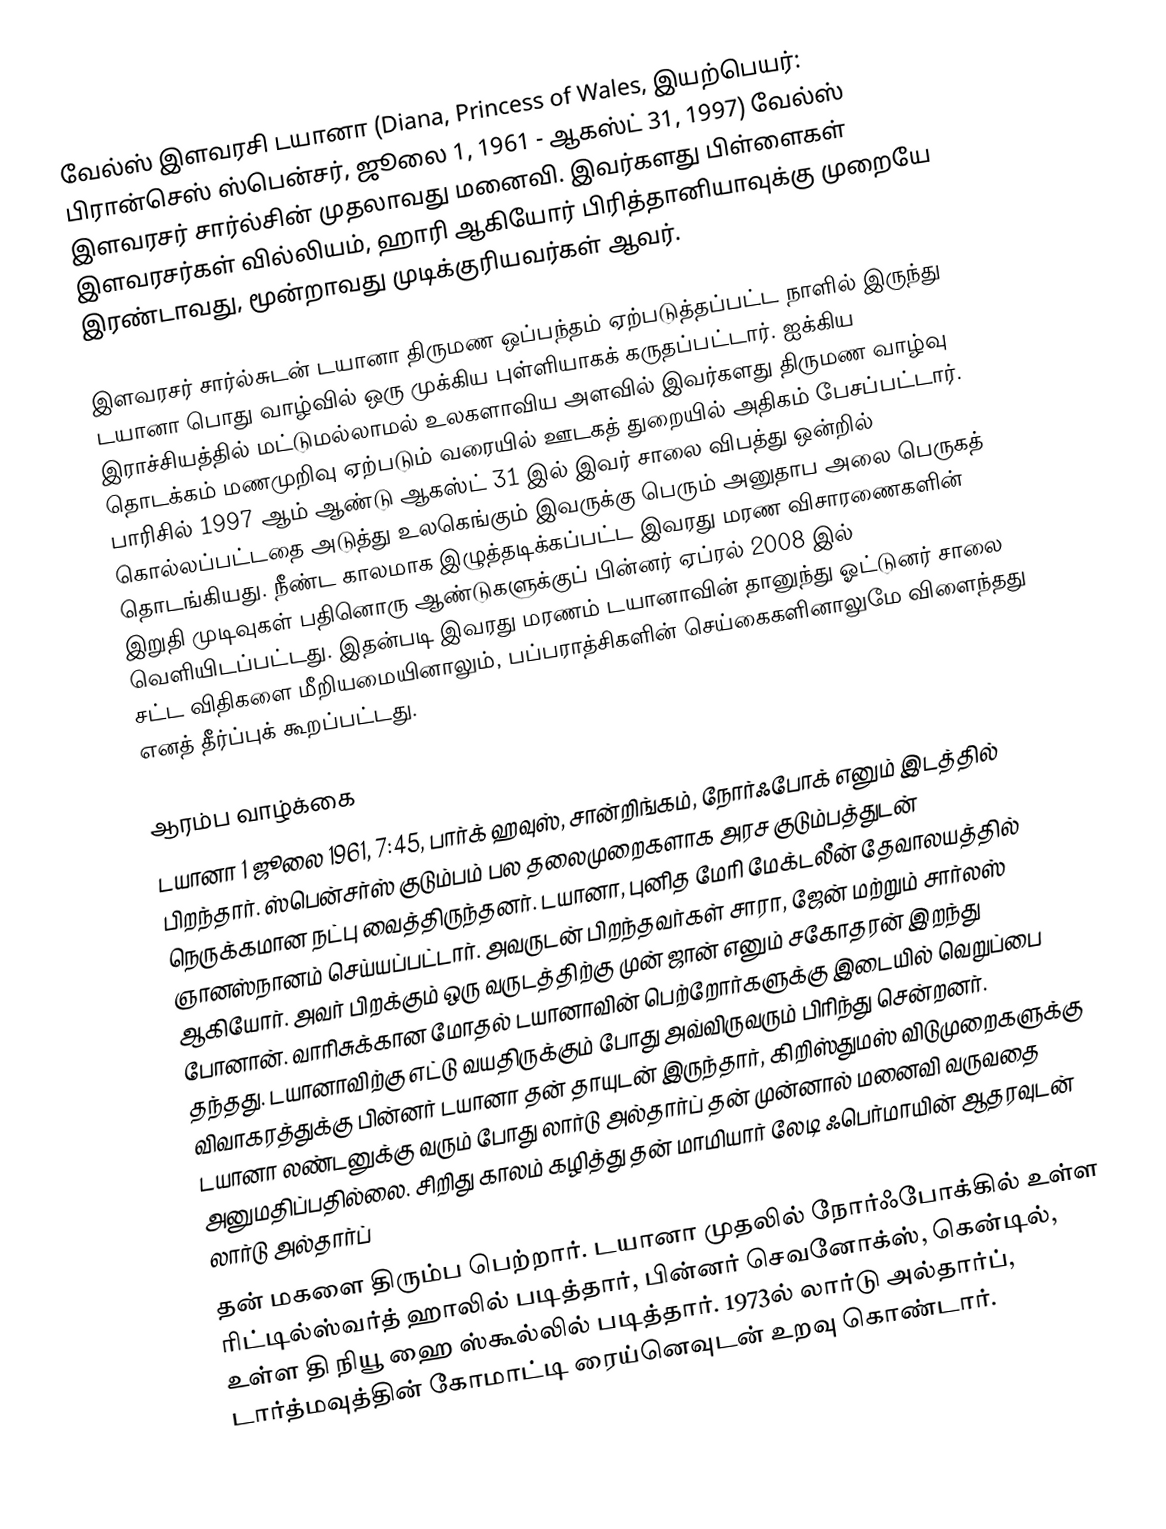
வேல்ஸ் இளவரசி டயானா (Diana, Princess of Wales, இயற்பெயர்: பிரான்செஸ் ஸ்பென்சர், ஜூலை 1, 1961 - ஆகஸ்ட் 31, 1997) வேல்ஸ் இளவரசர் சார்ல்சின் முதலாவது மனைவி. இவர்களது பிள்ளைகள் இளவரசர்கள் வில்லியம், ஹாரி ஆகியோர் பிரித்தானியாவுக்கு முறையே இரண்டாவது, மூன்றாவது முடிக்குரியவர்கள் ஆவர்.

இளவரசர் சார்ல்சுடன் டயானா திருமண ஒப்பந்தம் ஏற்படுத்தப்பட்ட நாளில் இருந்து டயானா பொது வாழ்வில் ஒரு முக்கிய புள்ளியாகக் கருதப்பட்டார். ஐக்கிய இராச்சியத்தில் மட்டுமல்லாமல் உலகளாவிய அளவில் இவர்களது திருமண வாழ்வு தொடக்கம் மணமுறிவு ஏற்படும் வரையில் ஊடகத் துறையில் அதிகம் பேசப்பட்டார். பாரிசில் 1997 ஆம் ஆண்டு ஆகஸ்ட் 31 இல் இவர் சாலை விபத்து ஒன்றில் கொல்லப்பட்டதை அடுத்து உலகெங்கும் இவருக்கு பெரும் அனுதாப அலை பெருகத் தொடங்கியது. நீண்ட காலமாக இழுத்தடிக்கப்பட்ட இவரது மரண விசாரணைகளின் இறுதி முடிவுகள் பதினொரு ஆண்டுகளுக்குப் பின்னர் ஏப்ரல் 2008 இல் வெளியிடப்பட்டது. இதன்படி இவரது மரணம் டயானாவின் தானுந்து ஓட்டுனர் சாலை சட்ட விதிகளை மீறியமையினாலும், பப்பராத்சிகளின் செய்கைகளினாலுமே விளைந்தது எனத் தீர்ப்புக் கூறப்பட்டது.

ஆரம்ப வாழ்க்கை
டயானா 1 ஜூலை 1961, 7:45, பார்க் ஹவுஸ், சான்றிங்கம், நோர்ஃபோக் எனும் இடத்தில் பிறந்தார். ஸ்பென்சர்ஸ் குடும்பம்  பல தலைமுறைகளாக அரச குடும்பத்துடன் நெருக்கமான நட்பு வைத்திருந்தனர். டயானா, புனித மேரி மேக்டலீன் தேவாலயத்தில் ஞானஸ்நானம் செய்யப்பட்டார். அவருடன் பிறந்தவர்கள் சாரா, ஜேன் மற்றும் சார்லஸ் ஆகியோர். அவர் பிறக்கும் ஒரு வருடத்திற்கு முன் ஜான் எனும் சகோதரன் இறந்து போனான். வாரிசுக்கான மோதல் டயானாவின் பெற்றோர்களுக்கு இடையில் வெறுப்பை தந்தது. டயானாவிற்கு எட்டு வயதிருக்கும் போது அவ்விருவரும் பிரிந்து சென்றனர். விவாகரத்துக்கு பின்னர் டயானா தன் தாயுடன் இருந்தார், கிறிஸ்துமஸ் விடுமுறைகளுக்கு டயானா லண்டனுக்கு வரும் போது லார்டு அல்தார்ப் தன் முன்னால் மனைவி வருவதை அனுமதிப்பதில்லை. சிறிது காலம் கழித்து தன் மாமியார் லேடி ஃபெர்மாயின் ஆதரவுடன் லார்டு அல்தார்ப்
தன் மகளை திரும்ப பெற்றார். டயானா முதலில் நோர்ஃபோக்கில் உள்ள ரிட்டில்ஸ்வர்த் ஹாலில் படித்தார், பின்னர் செவனோக்ஸ், கென்டில், உள்ள தி நியூ ஹை ஸ்கூல்லில் படித்தார். 1973ல் லார்டு அல்தார்ப், டார்த்மவுத்தின் கோமாட்டி ரைய்னெவுடன் உறவு கொண்டார்.